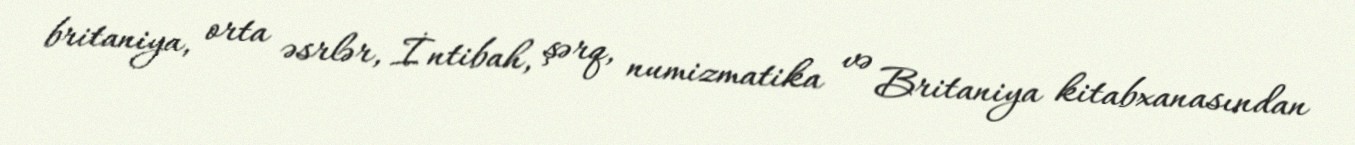
britaniya, orta əsrlər, İntibah, şərq, numizmatika və Britaniya kitabxanasından